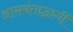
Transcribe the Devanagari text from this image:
आसमंताद्भागीं